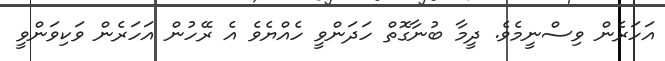
އަހަރެން ވިސްނީމެވެ. ދީމާ ބުނާގޮތް ހަދަންވީ ހެއްޔެވެ އެ ރޭހުން އަހަރެން ވަކިވަންވީ